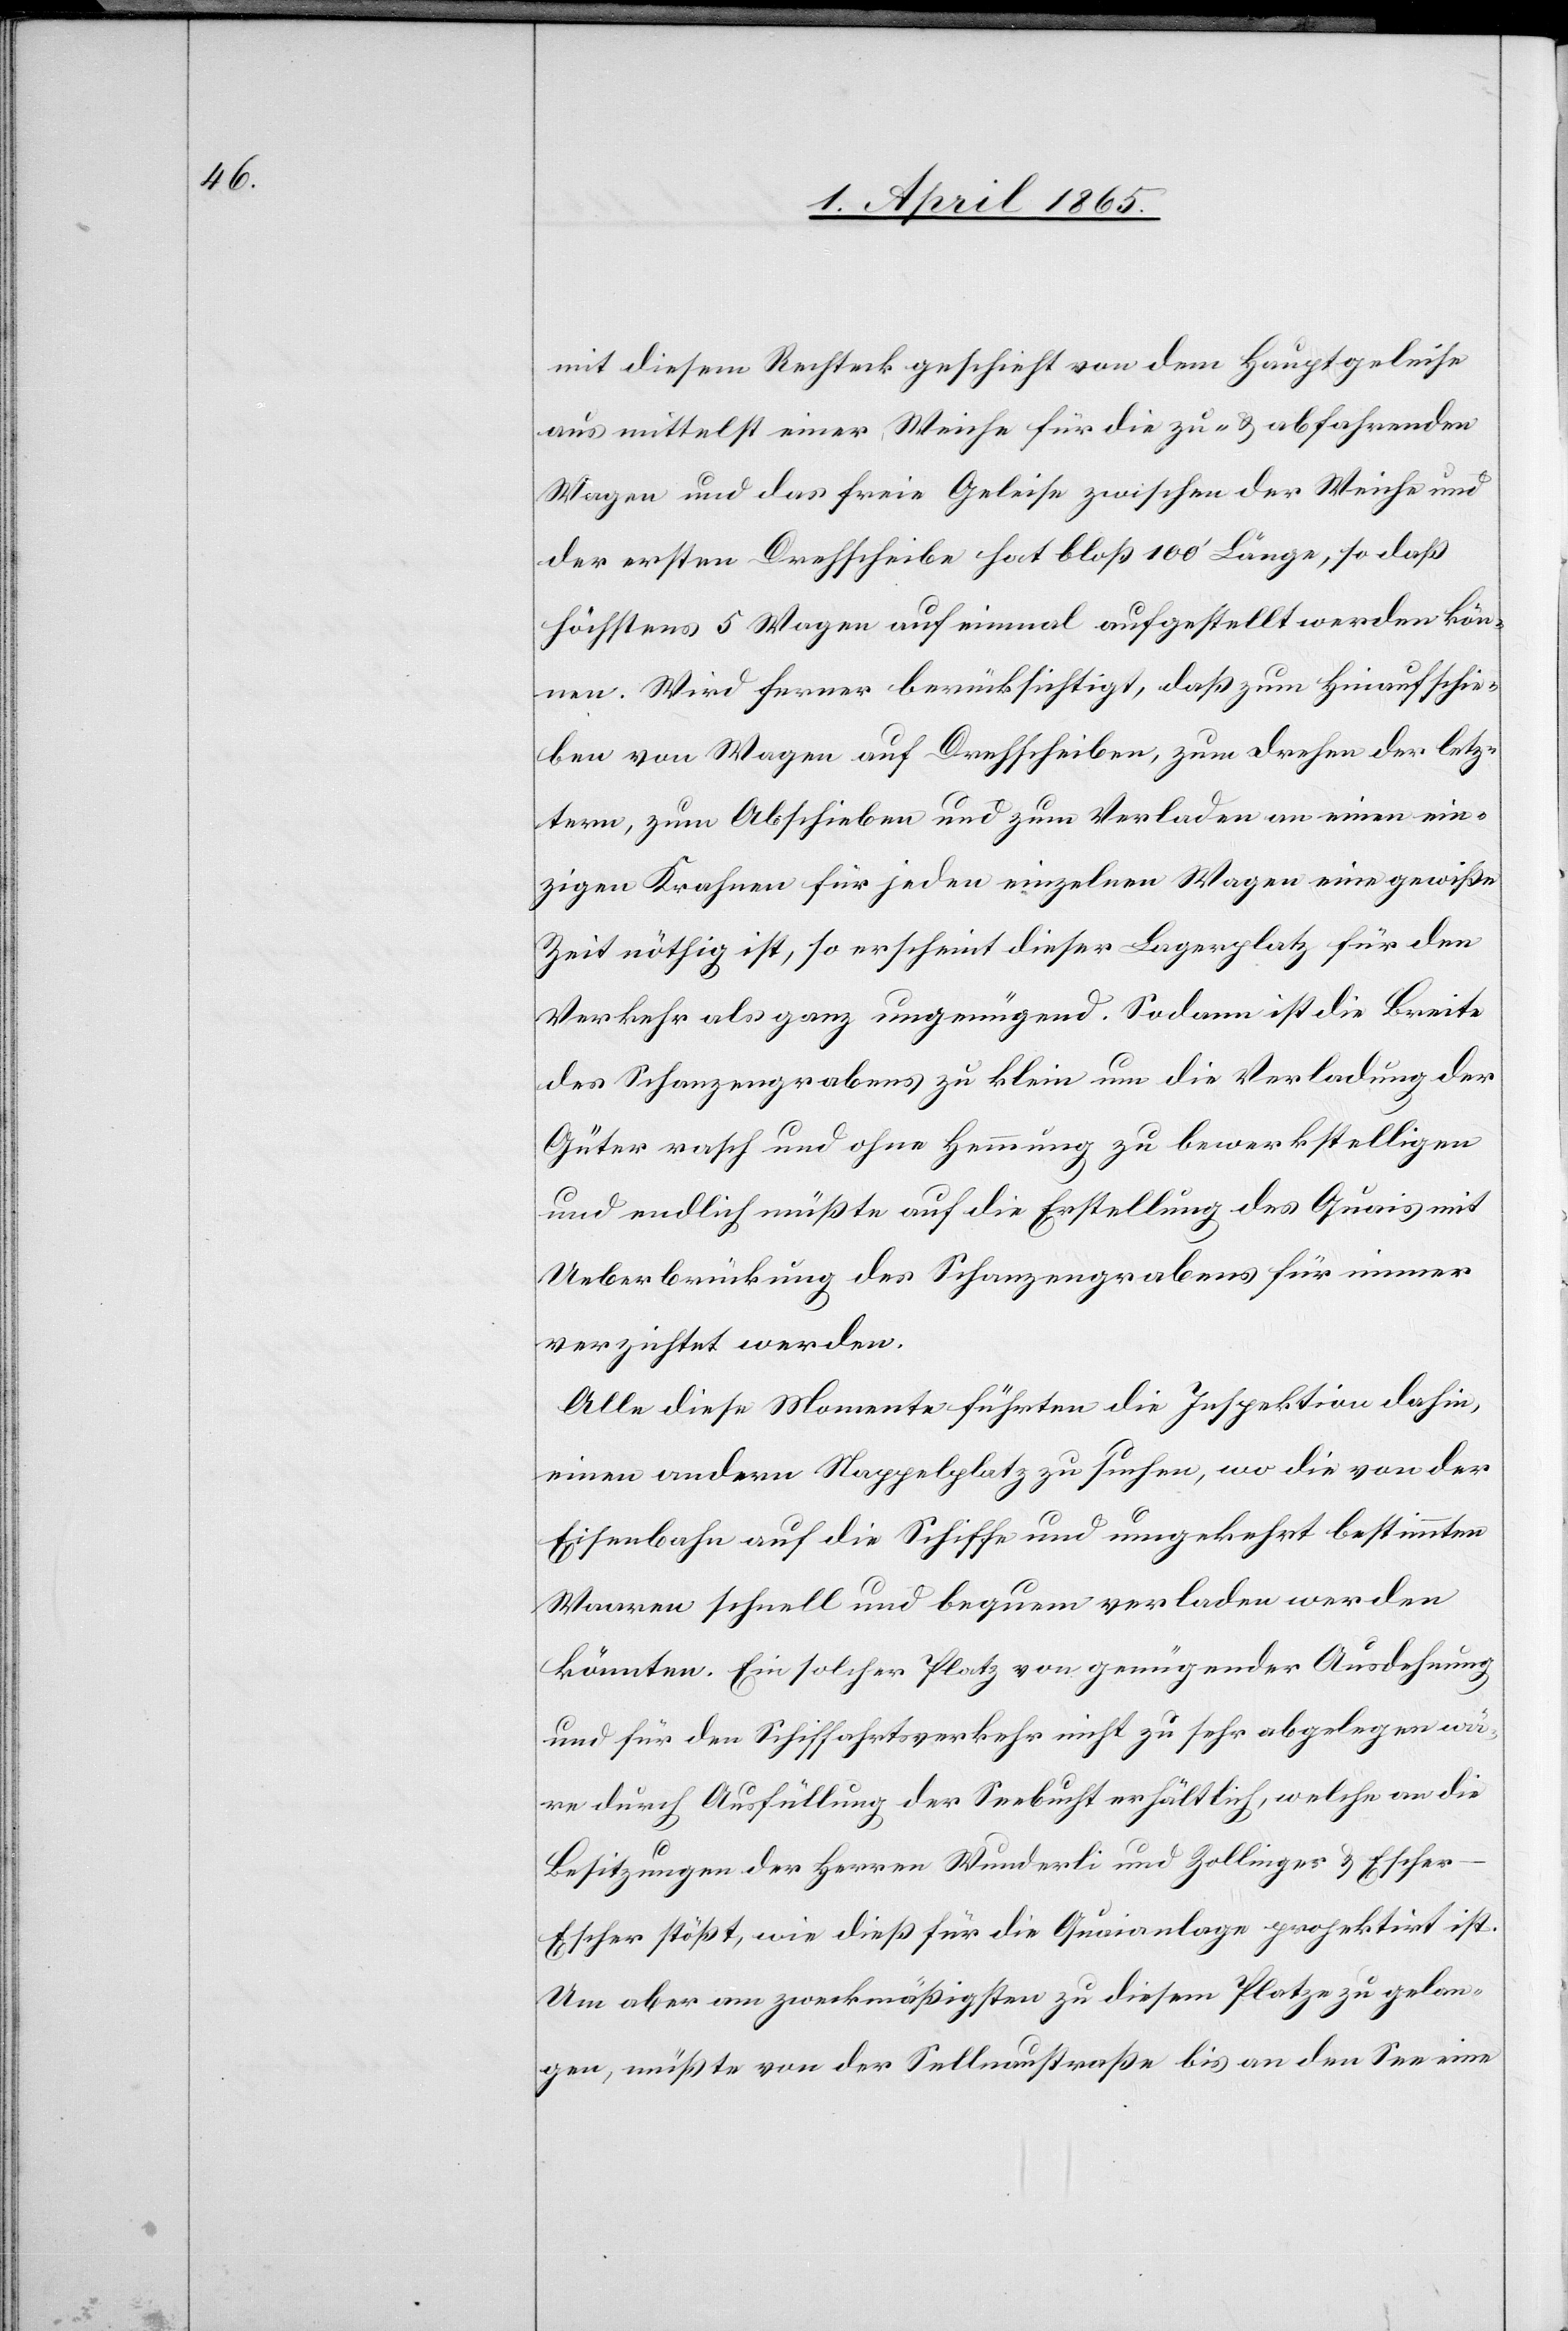
mit diesem Rechteck geschieht von dem Hauptgeleise
aus mittelst einer Weiche für die zu- & abfahrenden
Wagen und das freie Geleise zwischen der Weiche und
der ersten Drehscheibe hat bloß 100’ Länge, so daß
höchstens 5 Wagen auf einmal aufgestellt werden kön¬
nen. Wird ferner berücksichtigt, daß zum hinaufschie¬
ben von Wagen auf Drehscheiben, zum Drehen der letz¬
tern, zum Abschieben und zum Verladen an einen ein¬
zigen Krahnen für jeden einzelnen Wagen eine gewiße
Zeit nöthig ist, so erscheint dieser Lagerplatz für den
Verkehr als ganz ungenügend. Sodann ist die Breite
des Schanzengrabens zu klein um die Verladung der
Güter rasch und ohne Hemmung zu bewerkstelligen
und endlich müßte auf die Erstellung des Quais mit
Ueberbrückung des Schanzengrabens für immer
verzichtet werden.
Alle diese Momente führten die Inspektion dahin,
einen andern Stappelplatz zu suchen, wo die von der
Eisenbahn auf die Schiffe und umgekehrt bestimmten
Waaren schnell und bequem verladen werden
könnten. Ein solcher Platz von genügender Ausdehnung
und für den Schiffahrtsverkehr nicht zu sehr abgelegen wä¬
re durch Ausfüllung der Seebucht erhältlich, welche an die
Besitzungen der Herren Wunderli und Zollinger & Esche¬
r-Escher stößt, wie dieß für die Quaianlage projektirt ist.
Um aber am zweckmäßigsten zu diesem Platze zu gelan¬
gen, müßte von der Sellnaustraße bis an den See eine